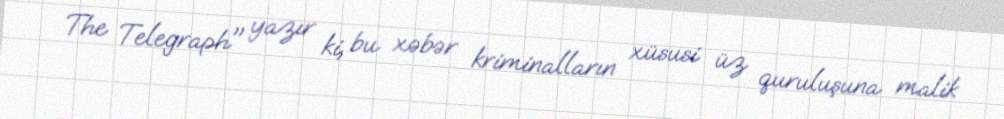
The Telegraph" yazır ki, bu xəbər kriminalların xüsusi üz quruluşuna malik